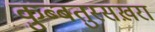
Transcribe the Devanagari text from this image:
कुब्बतुस्सख़रा